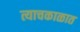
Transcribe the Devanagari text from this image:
त्याचकाळात